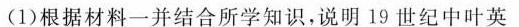
(1)根据材料一并结合所学知识，说明19世纪中叶英